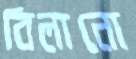
বিলানো